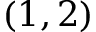
( 1 , 2 )